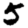
Digit: 5